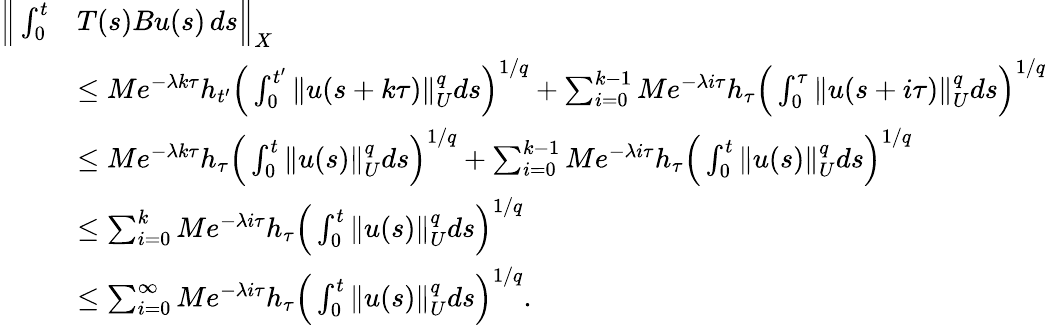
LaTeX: \begin{array}{rl}{\Big\| \int_{0}^{t}}&{T(s)Bu(s)\, ds\Big\| _{X}}\\ &{\leq Me^{-\lambda k\tau}h_{t^{\prime}}\Big(\int_{0}^{t^{\prime}}\| u(s+k\tau)\| _{U}^{q}ds\Big)^{1/q}+\sum_{i=0}^{k-1}Me^{-\lambda i\tau}h_{\tau}\Big(\int_{0}^{\tau}\| u(s+i\tau)\| _{U}^{q}ds\Big)^{1/q}}\\ &{\leq Me^{-\lambda k\tau}h_{\tau}\Big(\int_{0}^{t}\| u(s)\| _{U}^{q}ds\Big)^{1/q}+\sum_{i=0}^{k-1}Me^{-\lambda i\tau}h_{\tau}\Big(\int_{0}^{t}\| u(s)\| _{U}^{q}ds\Big)^{1/q}}\\ &{\leq\sum_{i=0}^{k}Me^{-\lambda i\tau}h_{\tau}\Big(\int_{0}^{t}\| u(s)\| _{U}^{q}ds\Big)^{1/q}}\\ &{\leq\sum_{i=0}^{\infty}Me^{-\lambda i\tau}h_{\tau}\Big(\int_{0}^{t}\| u(s)\| _{U}^{q}ds\Big)^{1/q}.}\end{array}